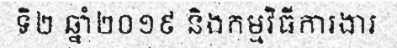
ទី២ ឆ្នាំ២០១៩ និងកម្មវិធីការងារ